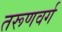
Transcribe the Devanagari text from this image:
तरूणवर्ग